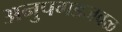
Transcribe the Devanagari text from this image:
अनुपगडजवळ